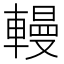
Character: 䡬